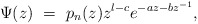
\begin{align*}\Psi (z) \ = \ p_n (z) z^{l-c} e ^ { -az - bz^{-1} },\end{align*}